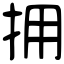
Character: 拥